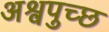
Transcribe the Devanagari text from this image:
अश्वपुच्छ